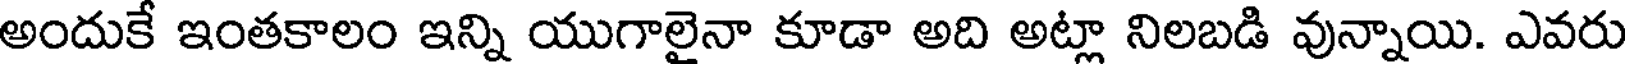
అందుకే ఇంతకాలం ఇన్ని యుగాలైనా కూడా అది అట్లా నిలబడి వున్నాయి. ఎవరు